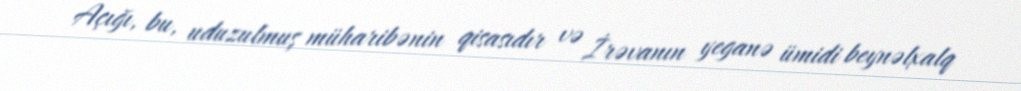
Açığı, bu, uduzulmuş müharibənin qisasıdır və İrəvanın yeganə ümidi beynəlxalq